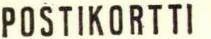
POSTIKORTTI